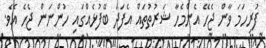
ފުރިހަމަ ވާން ޖެހޭ އެންމެހާ ޝަރުތުތައް އެފަދަ ބޭފުޅެއްގައި ހުންނަން ޖެހެ އެވެ.